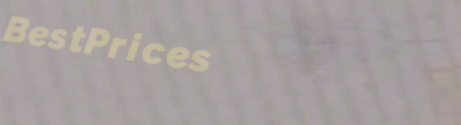
BestPrices